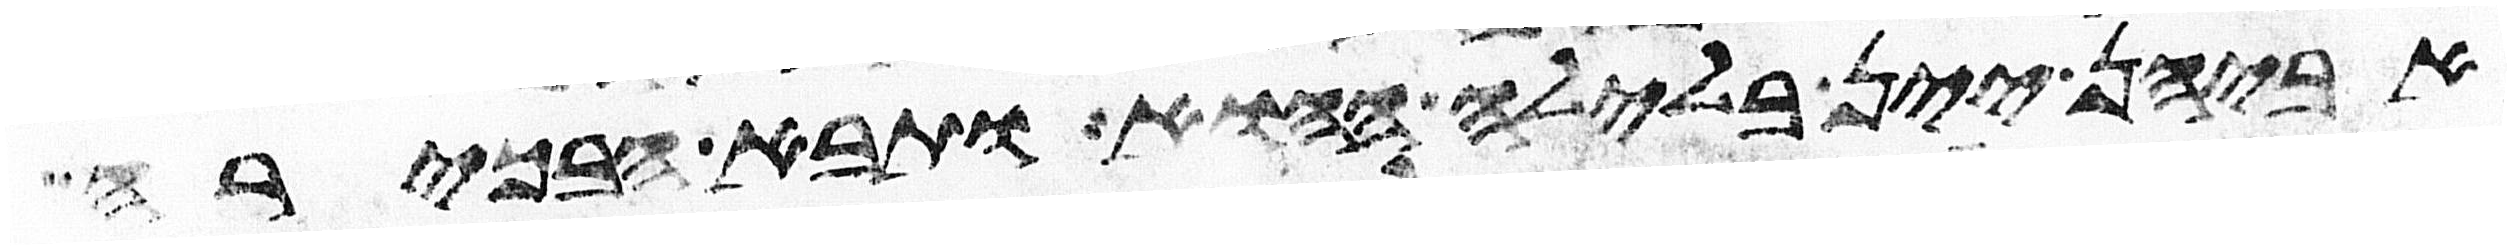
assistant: אביהן יין בלילה ההוא ותבא הבכירה